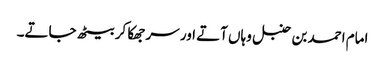
امام احمد بن حنبل وہاں آتے اور سر جھکا کر بیٹھ جاتے۔